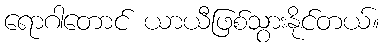
ရောဂါတောင် ယာယီဖြစ်သွားနိုင်တယ်။